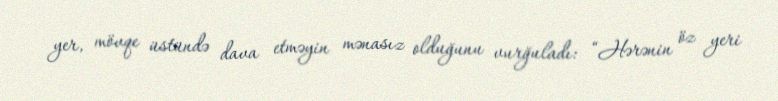
yer, mövqe üstündə dava etməyin mənasız olduğunu vurğuladı: “Hərənin öz yeri